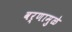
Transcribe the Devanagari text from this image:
वर्णामुळे